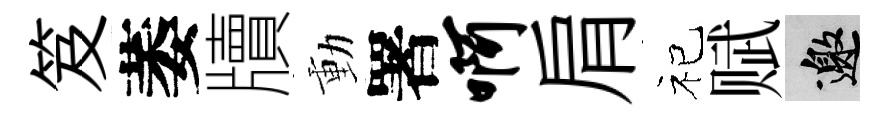
笈萎牘動署啊肩祀赋邀